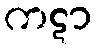
ကဋာ